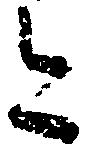
今